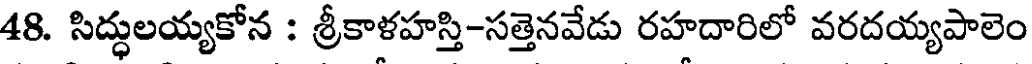
48. సిద్ధులయ్యకోన : శ్రీకాళహస్తి-సత్తెనవేడు రహదారిలో వరదయ్యపాలెం